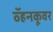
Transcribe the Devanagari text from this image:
व्हॅनकूवर